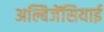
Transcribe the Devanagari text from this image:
अल्बिजेंसियाई